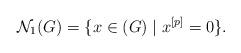
LaTeX: \begin{align*}\mathcal{N}_1(G) = \{ x \in (G) \mid x^{[p]} = 0\}.\end{align*}